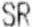
SR